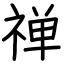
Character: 禅